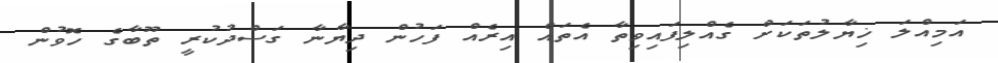
އަމިއްލަ ޚިޔާލުތަކަށް ގެއްލިފައިވިތާ އެތައް އިރެއް ފަހުން ދިޔާނާ ގަސްދުކުރީ ތޫބާގެ ހޮވުން